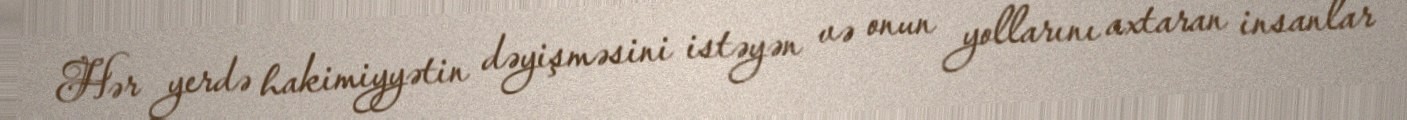
Hər yerdə hakimiyyətin dəyişməsini istəyən və onun yollarını axtaran insanlar